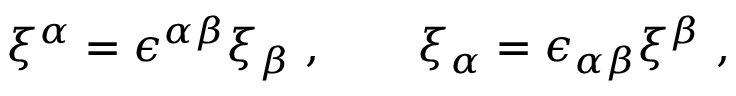
\xi ^ { \alpha } = \epsilon ^ { \alpha \beta } \xi _ { \beta } \, \, , \qquad \xi _ { \alpha } = \epsilon _ { \alpha \beta } \xi ^ { \beta } \, \, ,